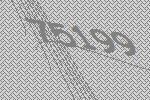
75199